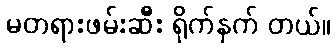
မတရားဖမ်းဆီး ရိုက်နှက် တယ်။